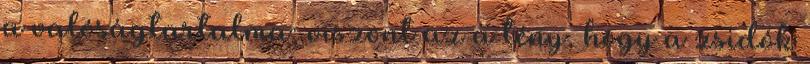
a valóságtartalma; viszont az a tény, hogy a zsidók